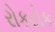
રોકટોક